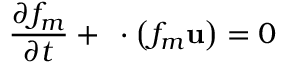
\frac { \partial f _ { m } } { \partial t } + \mathbf { \nabla } \cdot \left( f _ { m } \mathbf { u } \right) = 0